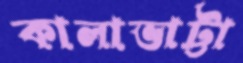
কালাভাট্টা